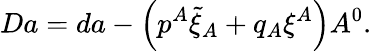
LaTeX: Da=da-\left(p^{A}\tilde{\xi}_{A}+q_{A}\xi^{A}\right)A^{0}.